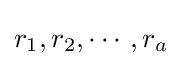
r_{1},r_{2},\cdots ,r_{a}